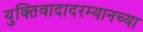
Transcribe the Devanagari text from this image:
युक्तिवादादरम्यानच्या